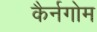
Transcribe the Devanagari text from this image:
कैर्नगोम